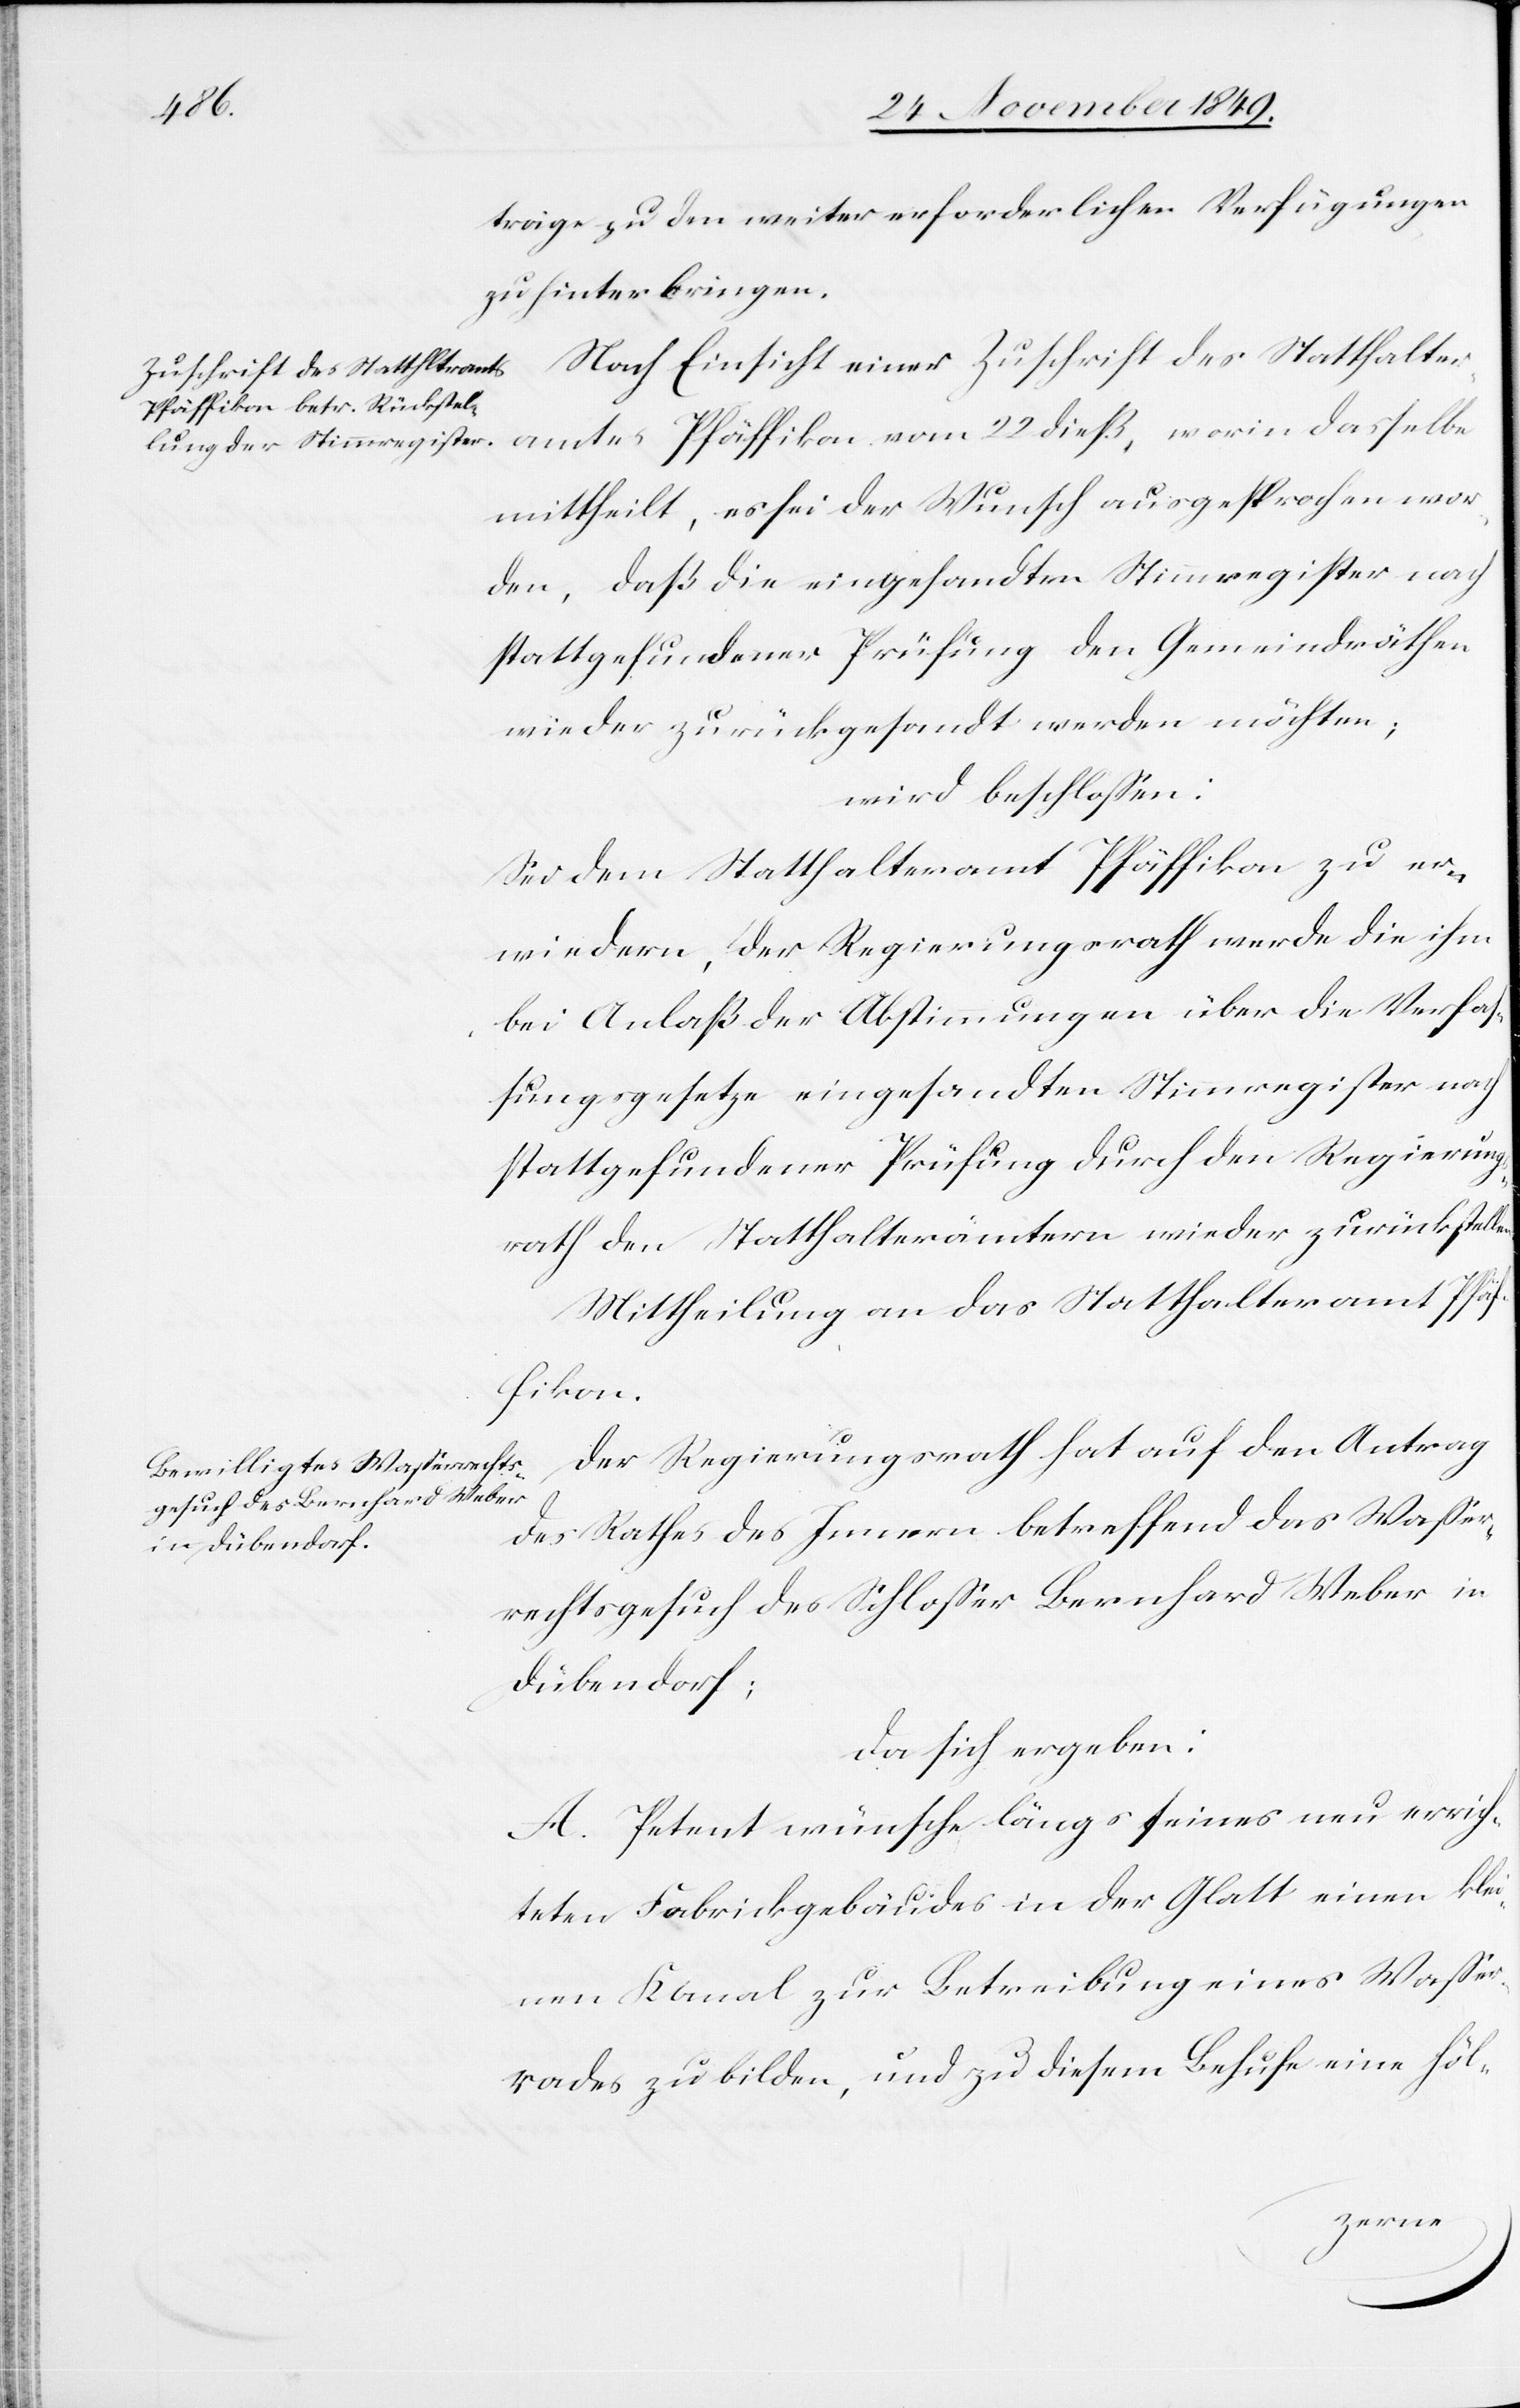
n.
träge zu den weiter erforderlichen Verfügungen
zu hinterbringen.
Nach Einsicht einer Zuschrift des Statthalter¬
amtes Pfäffikon vom 22 dieß, worin dasselbe
mittheilt, es sei der Wunsch ausgesprochen wor¬
den, daß die eingesandten Stimmregister nach
stattgefundener Prüfung der Gemeindräthen
wieder zurückgesandt werden möchten;
wird beschloßen:
Sei dem Statthalteramt Pfäffikon zu er¬
wiedern, der Regierungsrath werde die ihm
bei Anlaß der Abstimmungen über die Verfaß¬
ungsgesetze eingesandten Stimmregister nach
stattgefundener Prüfung durch den Regierungs¬
rath den Statthalterämtern wieder zurückstelle¬
Mittheilung an das Statthalteramt Pfä¬
ffikon.
Der Regierungsrath hat auf den Antrag
des Rathes des Innern betreffend das Waßer¬
rechtsgesuch des Schloßer Bernhard Weber in
Dübendorf;
da sich ergeben:
A. Petent wünsche längs seines neu errich¬
teten Fabrikgebäudes in der Glatt einen klei¬
nen Kanal zur Betreibung eines Waßer¬
rades zu bilden, und zu diesem Behufe eine höl-